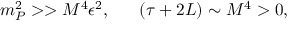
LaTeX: m _ { P } ^ { 2 } > > M ^ { 4 } \epsilon ^ { 2 } , ~ ~ ~ ~ ~ ( \tau + 2 L ) \sim M ^ { 4 } > 0 ,